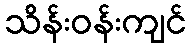
သိန်းဝန်းကျင်